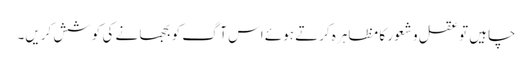
چاہیں تو عقل و شعور کا مظاہرہ کرتے ہوئے اس آگ کو بجھا نے کی کوشش کریں۔